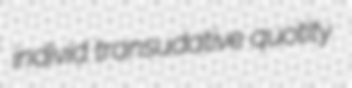
individ transudative quotity